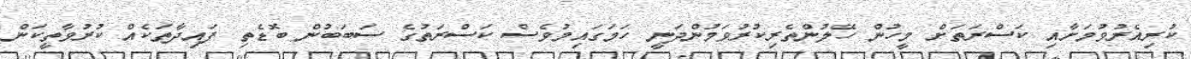
ކުރިއެރުވުމަށާއި ކަސްރަތަށް މީހުން ހޭލުންތެރިކުރުވަމުންދަނީ ހަމަގައިމުވެސް ކަސްރަތުގެ ސަބަބުން ބޮޑެތި ފައިދާތަކެއް ކުރުވާތީކަން